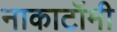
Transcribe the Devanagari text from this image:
नाकाटॉमी